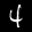
Label: 4